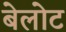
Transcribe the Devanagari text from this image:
बेलोट